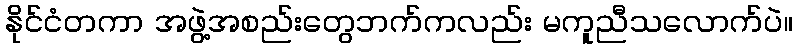
နိုင်ငံတကာ အဖွဲ့အစည်းတွေဘက်ကလည်း မကူညီသလောက်ပဲ။